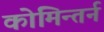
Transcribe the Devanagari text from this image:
कोमिन्तर्न